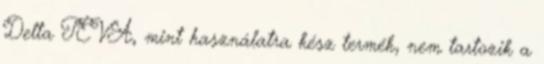
Delta TEVA, mint használatra kész termék, nem tartozik a